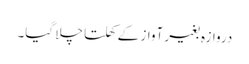
دروازہ بغیر آواز کے کھلتا چلا گیا۔